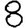
Digit: 8